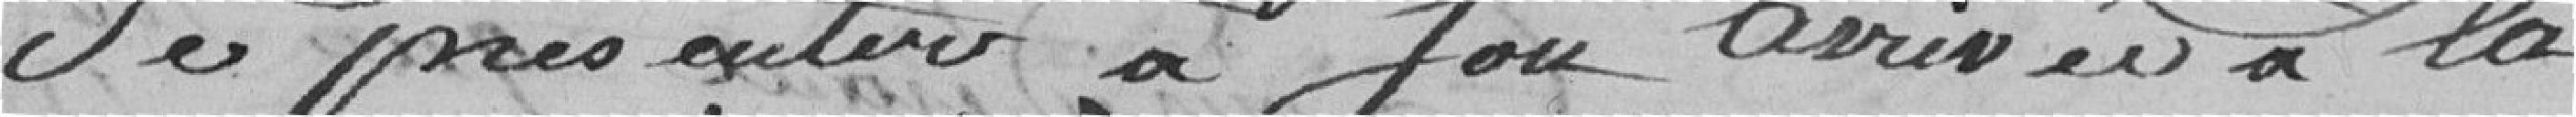
se présenter à son arrivée à la